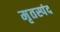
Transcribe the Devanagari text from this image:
मृतस्पंद